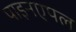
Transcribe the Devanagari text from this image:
पाइनएपल